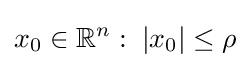
x_{0}\in \mathbb {R} ^{n}:\;|x_{0}|\leq \rho